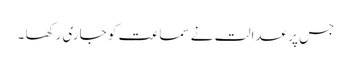
جس پر عدالت نے سماعت کو جاری رکھا ۔